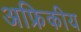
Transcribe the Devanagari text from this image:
अफ्रिकीय